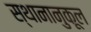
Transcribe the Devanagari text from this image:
स्थानानुकूल